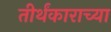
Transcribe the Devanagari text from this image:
तीर्थंकाराच्या